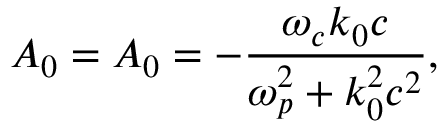
{ \cal A } _ { 0 } = A _ { 0 } = - { \frac { \omega _ { c } k _ { 0 } c } { \omega _ { p } ^ { 2 } + k _ { 0 } ^ { 2 } c ^ { 2 } } } ,